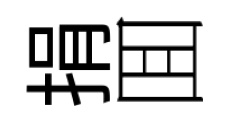
捐囬